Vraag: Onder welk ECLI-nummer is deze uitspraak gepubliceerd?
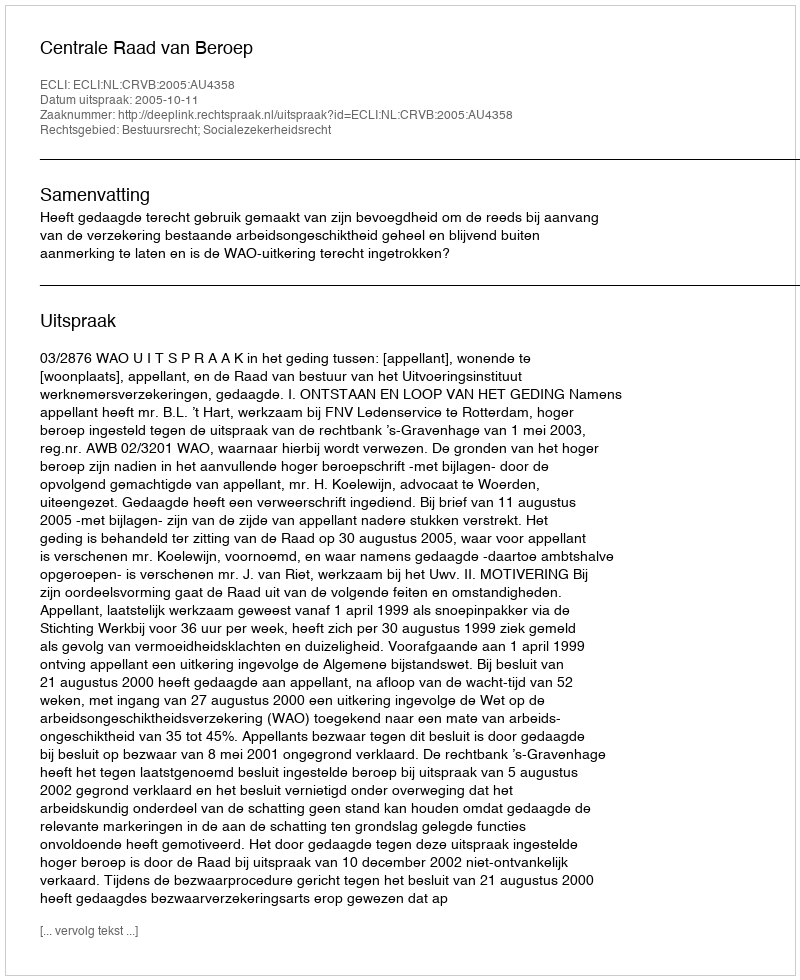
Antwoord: ECLI:NL:CRVB:2005:AU4358